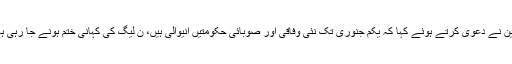
تفصیلات کے مطابق نجی ٹی وی پروگرام میں گفتگو کرتے ہوئےچوہدری غلام حسین نے دعویٰ کرتے ہوئے کہا کہ یکم جنوری تک نئی وفاقی اور صوبائی حکومتیں انیوالی ہیں، ن لیگ کی کہانی ختم ہونے جا رہی ہے کیونکہ مسلم لیگ ن ے 55اراکین قومی و صوبائی اسمبلی استعفیٰ دینے والے ہیں۔